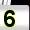
Digit: 5